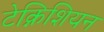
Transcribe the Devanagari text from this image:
टेक्निशियन